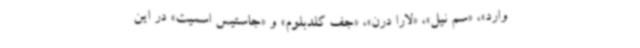
وارد»، «سم نیل»، «لارا درن»، «جف گلدبلوم» و «جاستیس اسمیت» در این